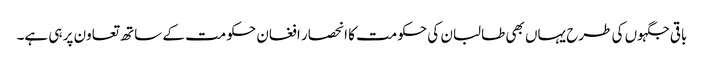
باقی جگہوں کی طرح یہاں بھی طالبان کی حکومت کا انحصار افغان حکومت کے ساتھ تعاون پر ہی ہے۔